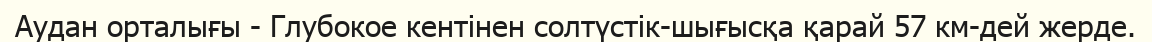
Аудан орталығы - Глубокое кентінен солтүстік-шығысқа қарай 57 км-дей жерде.